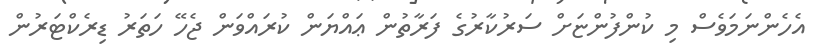
އެހެންނަމަވެސް މި ކުންފުންޏަށް ސަރުކާރުގެ ފަރާތުން ޢައްޔަން ކުރައްވަން ޖެހޭ ހަތަރު ޑިރެކްޓަރުން